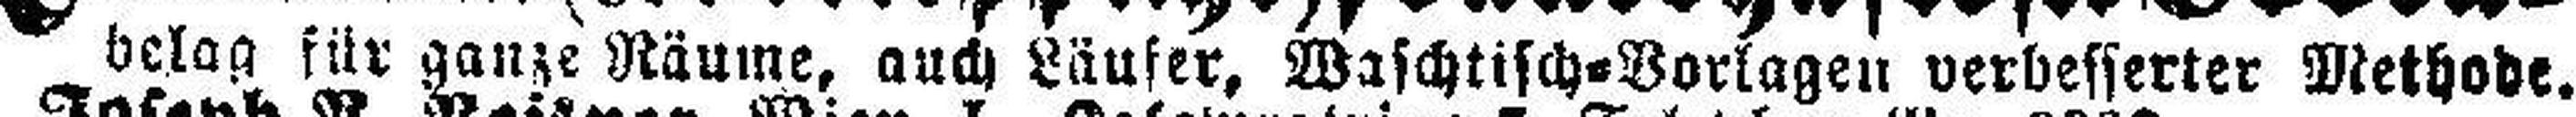
belag für ganze Räume, auch Läufer, Waschtisch=Vorlagen verbesserter Methode.